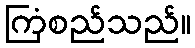
ကြံစည်သည်။